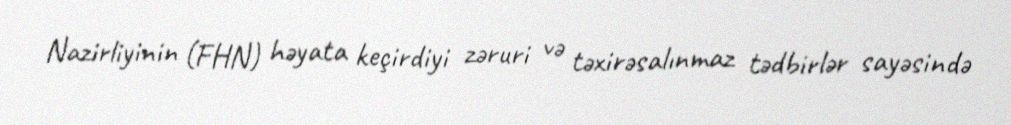
Nazirliyinin (FHN) həyata keçirdiyi zəruri və təxirəsalınmaz tədbirlər sayəsində